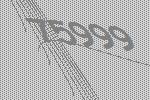
75999